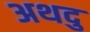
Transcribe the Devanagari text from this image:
अथदु